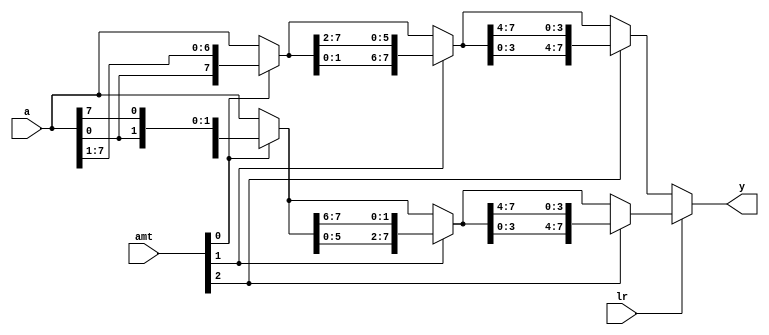
module barrel_shifter_lr_8b(
    input [7:0] a,        //input bits to be shifted
    input lr,             //specifies shift direction by 1 bit. If 0, shift left. If 1, shift right
    input [2:0] amt,            //amount of bits to shift
    output reg [7:0] y    //shifted output bits either left or right
    );
    
    //stage registers to store shift values based on amt bit shift selection
    reg [7:0] s0, s1;
    
    always @*
        begin
            if(lr) //if 1, shift left. MSB set to LSB
                begin
                    s0 = amt[0] ? {a[6:0], a[7]} : a; //shift 1 or 0 bit left
                    s1 = amt[1] ? {s0[5:0], s0[7:6]} : s0; //shift 2 or 0 bits left
                    y  = amt[2] ? {s1[3:0], s1[7:4]} : s1; //shift 4 or 0 bits left
                end
            else  //if 0, shift right. LSB set to MSB
                begin
                    s0 = amt[0] ? {a[0], a[7:1]} : a; //shift 1 or 0 bit right
                    s1 = amt[1] ? {s0[1:0], s0[7:2]} : s0; //shift 2 or 0 bits right
                    y  = amt[2] ? {s1[3:0], s1[7:4]} : s1; //shift 4 or 0 bits right
                end
        end
    
endmodule